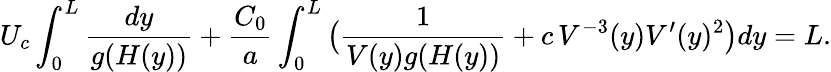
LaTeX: U_{c}\int_{0}^{L}{\frac{dy}{g(H(y))}}+\frac{C_{0}}{a}\int_{0}^{L}{\bigl(\frac{1}{V(y)g(H(y))}+c\, V^{-3}(y)V^{\prime}(y)^{2}\bigr)dy}=L.